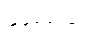
မုခရောဂေါ